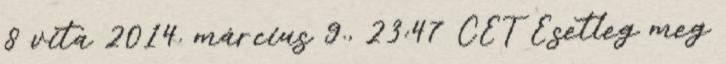
8 vita 2014. március 9., 23:47 CET Esetleg meg